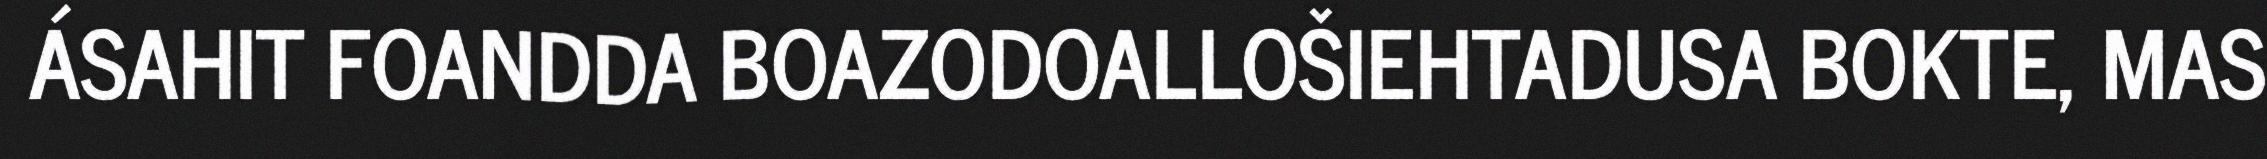
ÁSAHIT FOANDDA BOAZODOALLOŠIEHTADUSA BOKTE, MAS